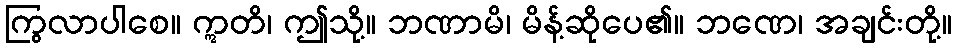
ကြွလာပါစေ။ ဣတိ၊ ဤသို့။ ဘဏာမိ၊ မိန့်ဆိုပေ၏။ ဘဏေ၊ အချင်းတို့။